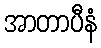
အာတာပီနံ